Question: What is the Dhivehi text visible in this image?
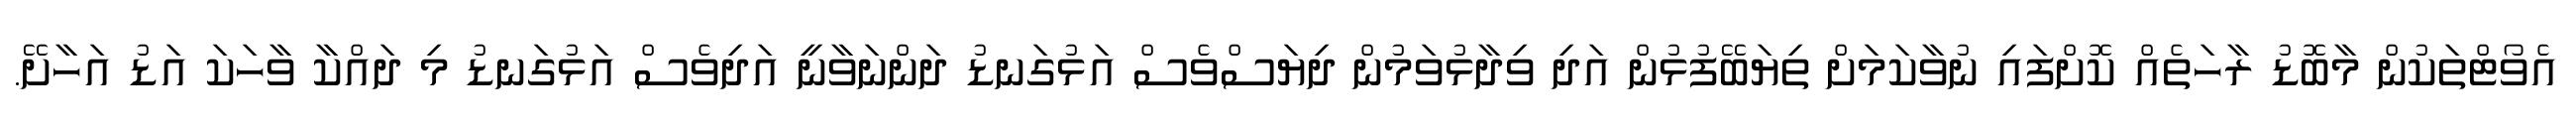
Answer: އެވޯޓްތަކުން މާބޮޑު ރާހަތެއް ކޮށްފައި ނުވާކަމަށް ތިޔަބޭފުޅުން އަދި ވިދާޅުވަމުން ދިޔަސްވެސް އަޅުގަނޑު ދަންނަވާނީ އަދިވެސް އަޅުގަނޑު މި ދައްކާ ވާހަކަ އަޑު އަހާށޭ.